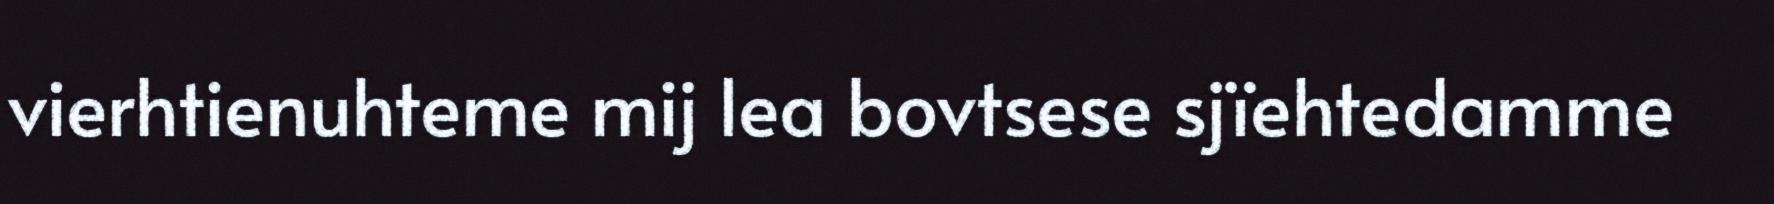
vierhtienuhteme mij lea bovtsese sjïehtedamme